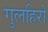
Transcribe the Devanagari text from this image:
गुलहिरो